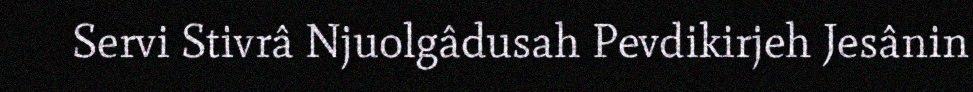
Servi Stivrâ Njuolgâdusah Pevdikirjeh Jesânin